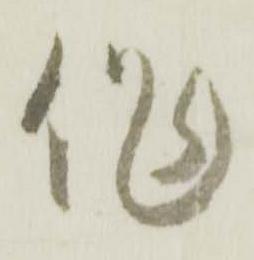
作